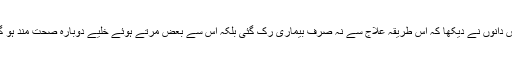
سائنس دانوں نے دیکھا کہ اس طریقہ علاج سے نہ صرف بیماری رک گئی بلکہ اس سے بعض مرتے ہوئے خلیے دوبارہ صحت مند ہو گئے ۔